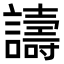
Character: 譸